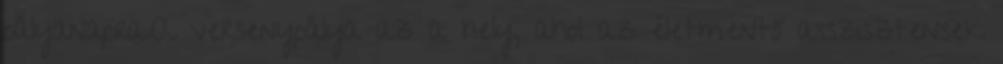
pályanapra.A versenypálya az a hely, ahol az életmentő asszisztensek